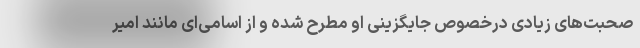
صحبت‌های زیادی درخصوص جایگزینی او مطرح شده و از اسامی‌ای مانند امیر